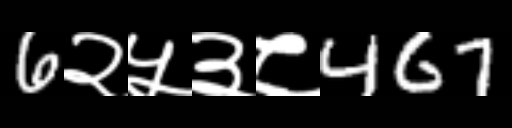
Text: 6२५३८467